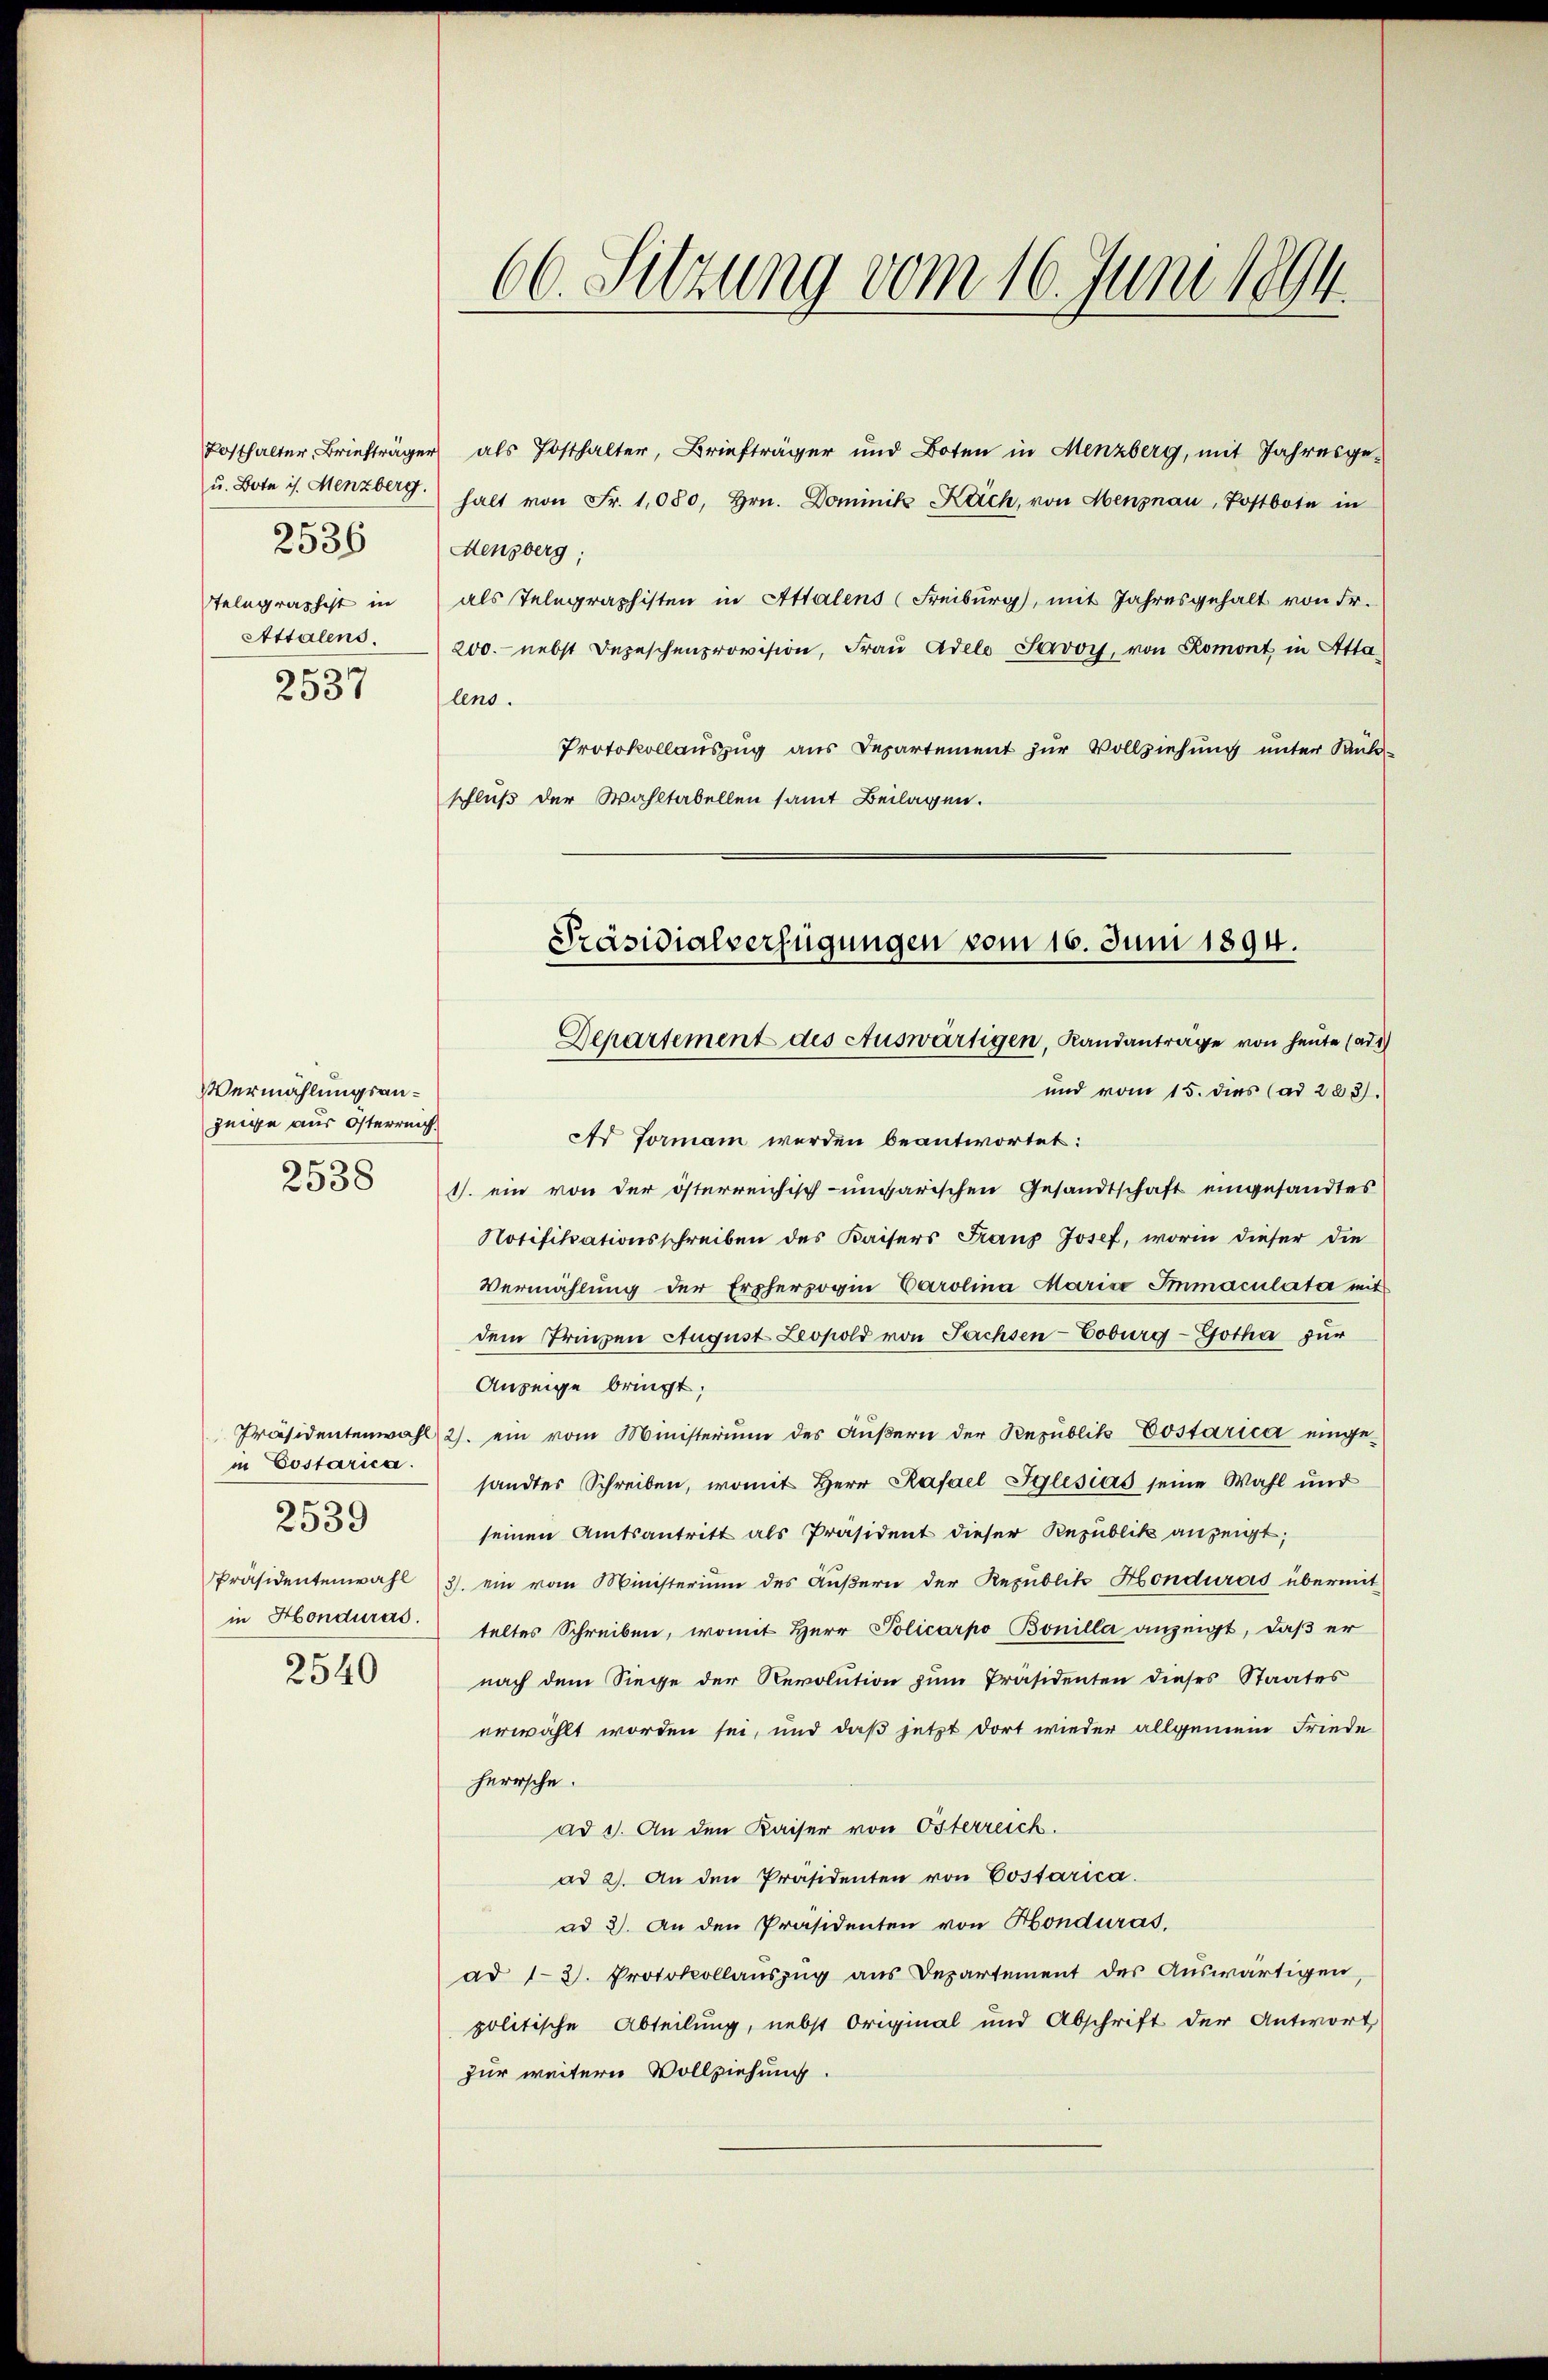
u. Bote is. Menzberg.
Telegraphist in
Attalens.
2537

2536

Vermählungsanzeige aus Osterreich.
2538

in Costarica.
2539
in Honduras.
2540

66. Sitzung vom 16. Juni 1894.

Posthalter, Briefträger als Posthalter, Briefträger und Boten in Menzberg, mit Jahresge-
halt von Fr. 1,080, Hrn. Dominik Reich, von Menznau, Postbote in
Menzberg;
als Telegraphisten in Attalens (Freiburg), mit Jahresgehalt von Fr.
200. nebst Depeschenprovision, Fraŭ Adele Savoy, von Romont in Atta
lens.
Protokollauszug aus Departement zur Vollziehung unter Kulschluß der Wahltabellen samt Beilagen.

und vom 15. dies (ad 283.
Ar Forman werden beantwortet:
1. ein von der österreichisch-ungarischen Gesandtschaft eingesandtes
Notifikationsschreiben des Kaisers Franz Josef, worin dieser die
Vermählung der Erzherzogin Carolina Mariae Immaculata mit
dem Prinzen August Leopold von Sachsen-Coburg-Gotha zur
Anzeige bringt;
Präsidentenwahl 2. ein vom Ministerium des Aŭβern der Republik Costarica einge-
sandter Schreiben, womit Herr Rafael Iglesias seine Wahl ŭnd
seinen Amtsantritt als Präsident dieser Republik anzeigt;
Präsidentenwahl 3. ein vom Ministerium des Äußern der Republik Honduras übermit
teltes Schreiben, womit Herr Policarpo Bonilla anzeigt, daß er
nach dem Siege der Revolution zum Präsidenten dieses Staates
erwählt worden sei, und daß jetzt dort wieder allgemein Friede
herrsche.
ad 1. An den Kaiser von Österreich.
ad 2. An den Präsidenten von Costarica.
ad 2. An den Präsidenten von Honduras,
ad 12. Protokollaŭszŭg ans Departement der Aŭswärtigen,
politische Abteilung, nebst Original und Abschrift der Antwort
zur weitern Vollziehung.

Präsidialverfügungen vom 16. Juni 1894.
Departement des Auswärtigen, Randanträge von heute (ad